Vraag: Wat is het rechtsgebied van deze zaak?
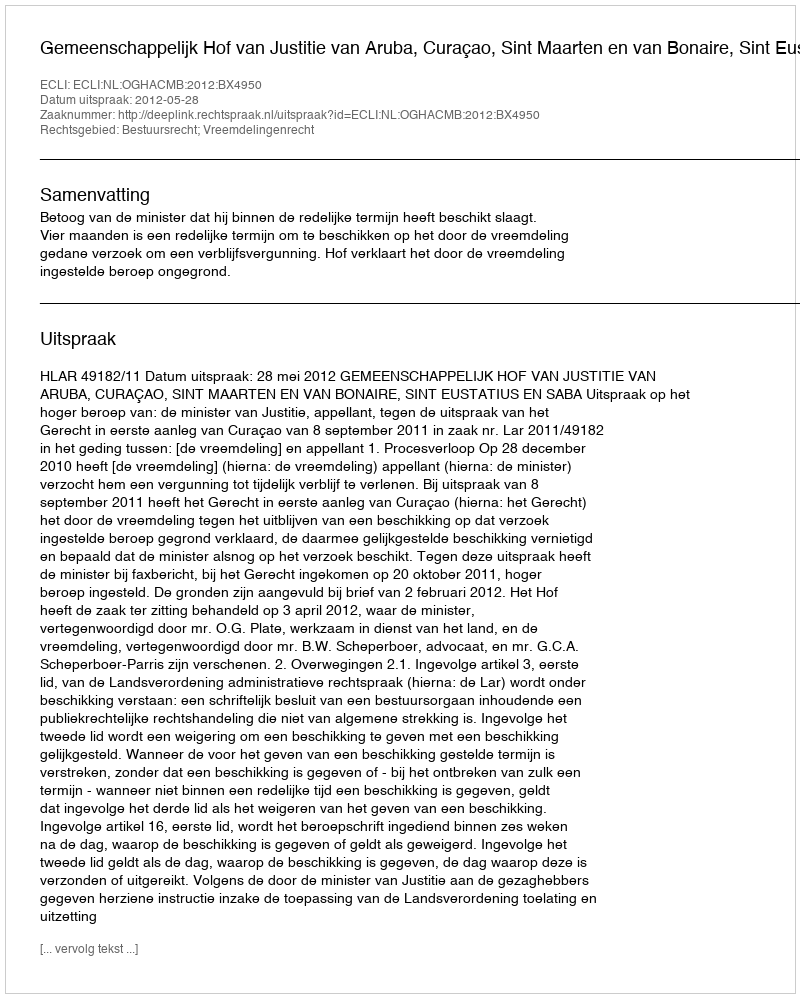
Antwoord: Bestuursrecht; Vreemdelingenrecht